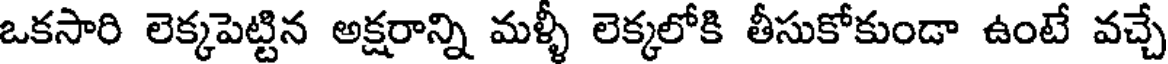
ఒకసారి లెక్కపెట్టిన అక్షరాన్ని మళ్ళీ లెక్కలోకి తీసుకోకుండా ఉంటే వచ్చే